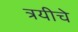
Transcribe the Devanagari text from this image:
त्रयीचे